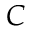
\boldsymbol { C }